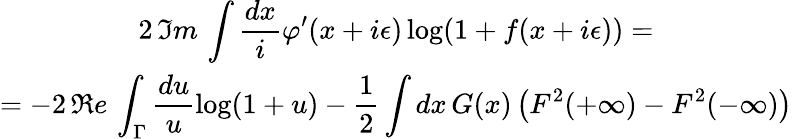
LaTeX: \begin{array}{c}{{2\, \Im m\, \displaystyle\int\displaystyle\frac{dx}{i}\varphi^{\prime}(x+i\epsilon)\log(1+f(x+i\epsilon))=}}\\ {{=-2\, \Re e\, \displaystyle\int_{\Gamma}\displaystyle\frac{du}{u}\log(1+u)-\displaystyle\frac{1}{2}\displaystyle\int dx\, G(x)\left(F^{2}(+\infty)-F^{2}(-\infty)\right)}}\end{array}